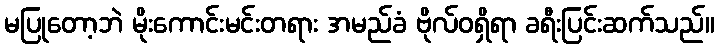
မပြုတော့ဘဲ မိုးကောင်းမင်းတရား အမည်ခံ ဗိုလ်ဝရှိရာ ခရီးပြင်းဆက်သည်။